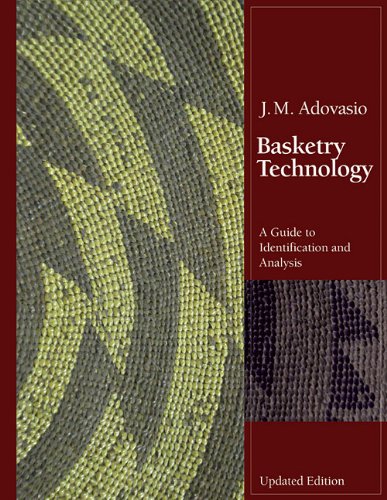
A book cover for Basketry Technology: A Guide to Identification and Analysis, Updated Edition; J. M. Adovasio; Crafts, Hobbies & Home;